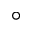
^ \circ